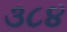
૩૮૪